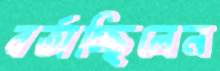
বর্তাচ্ছিলেন